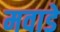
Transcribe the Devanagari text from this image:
मवाडे